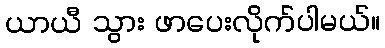
ယာယီ သွား ဖာပေးလိုက်ပါမယ်။